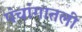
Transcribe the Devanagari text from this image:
पंचांगातली